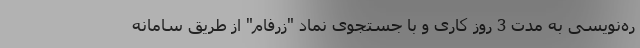
ره‌نویسی به مدت 3 روز کاری و با جستجوی نماد "زرفام" از طریق سامانه